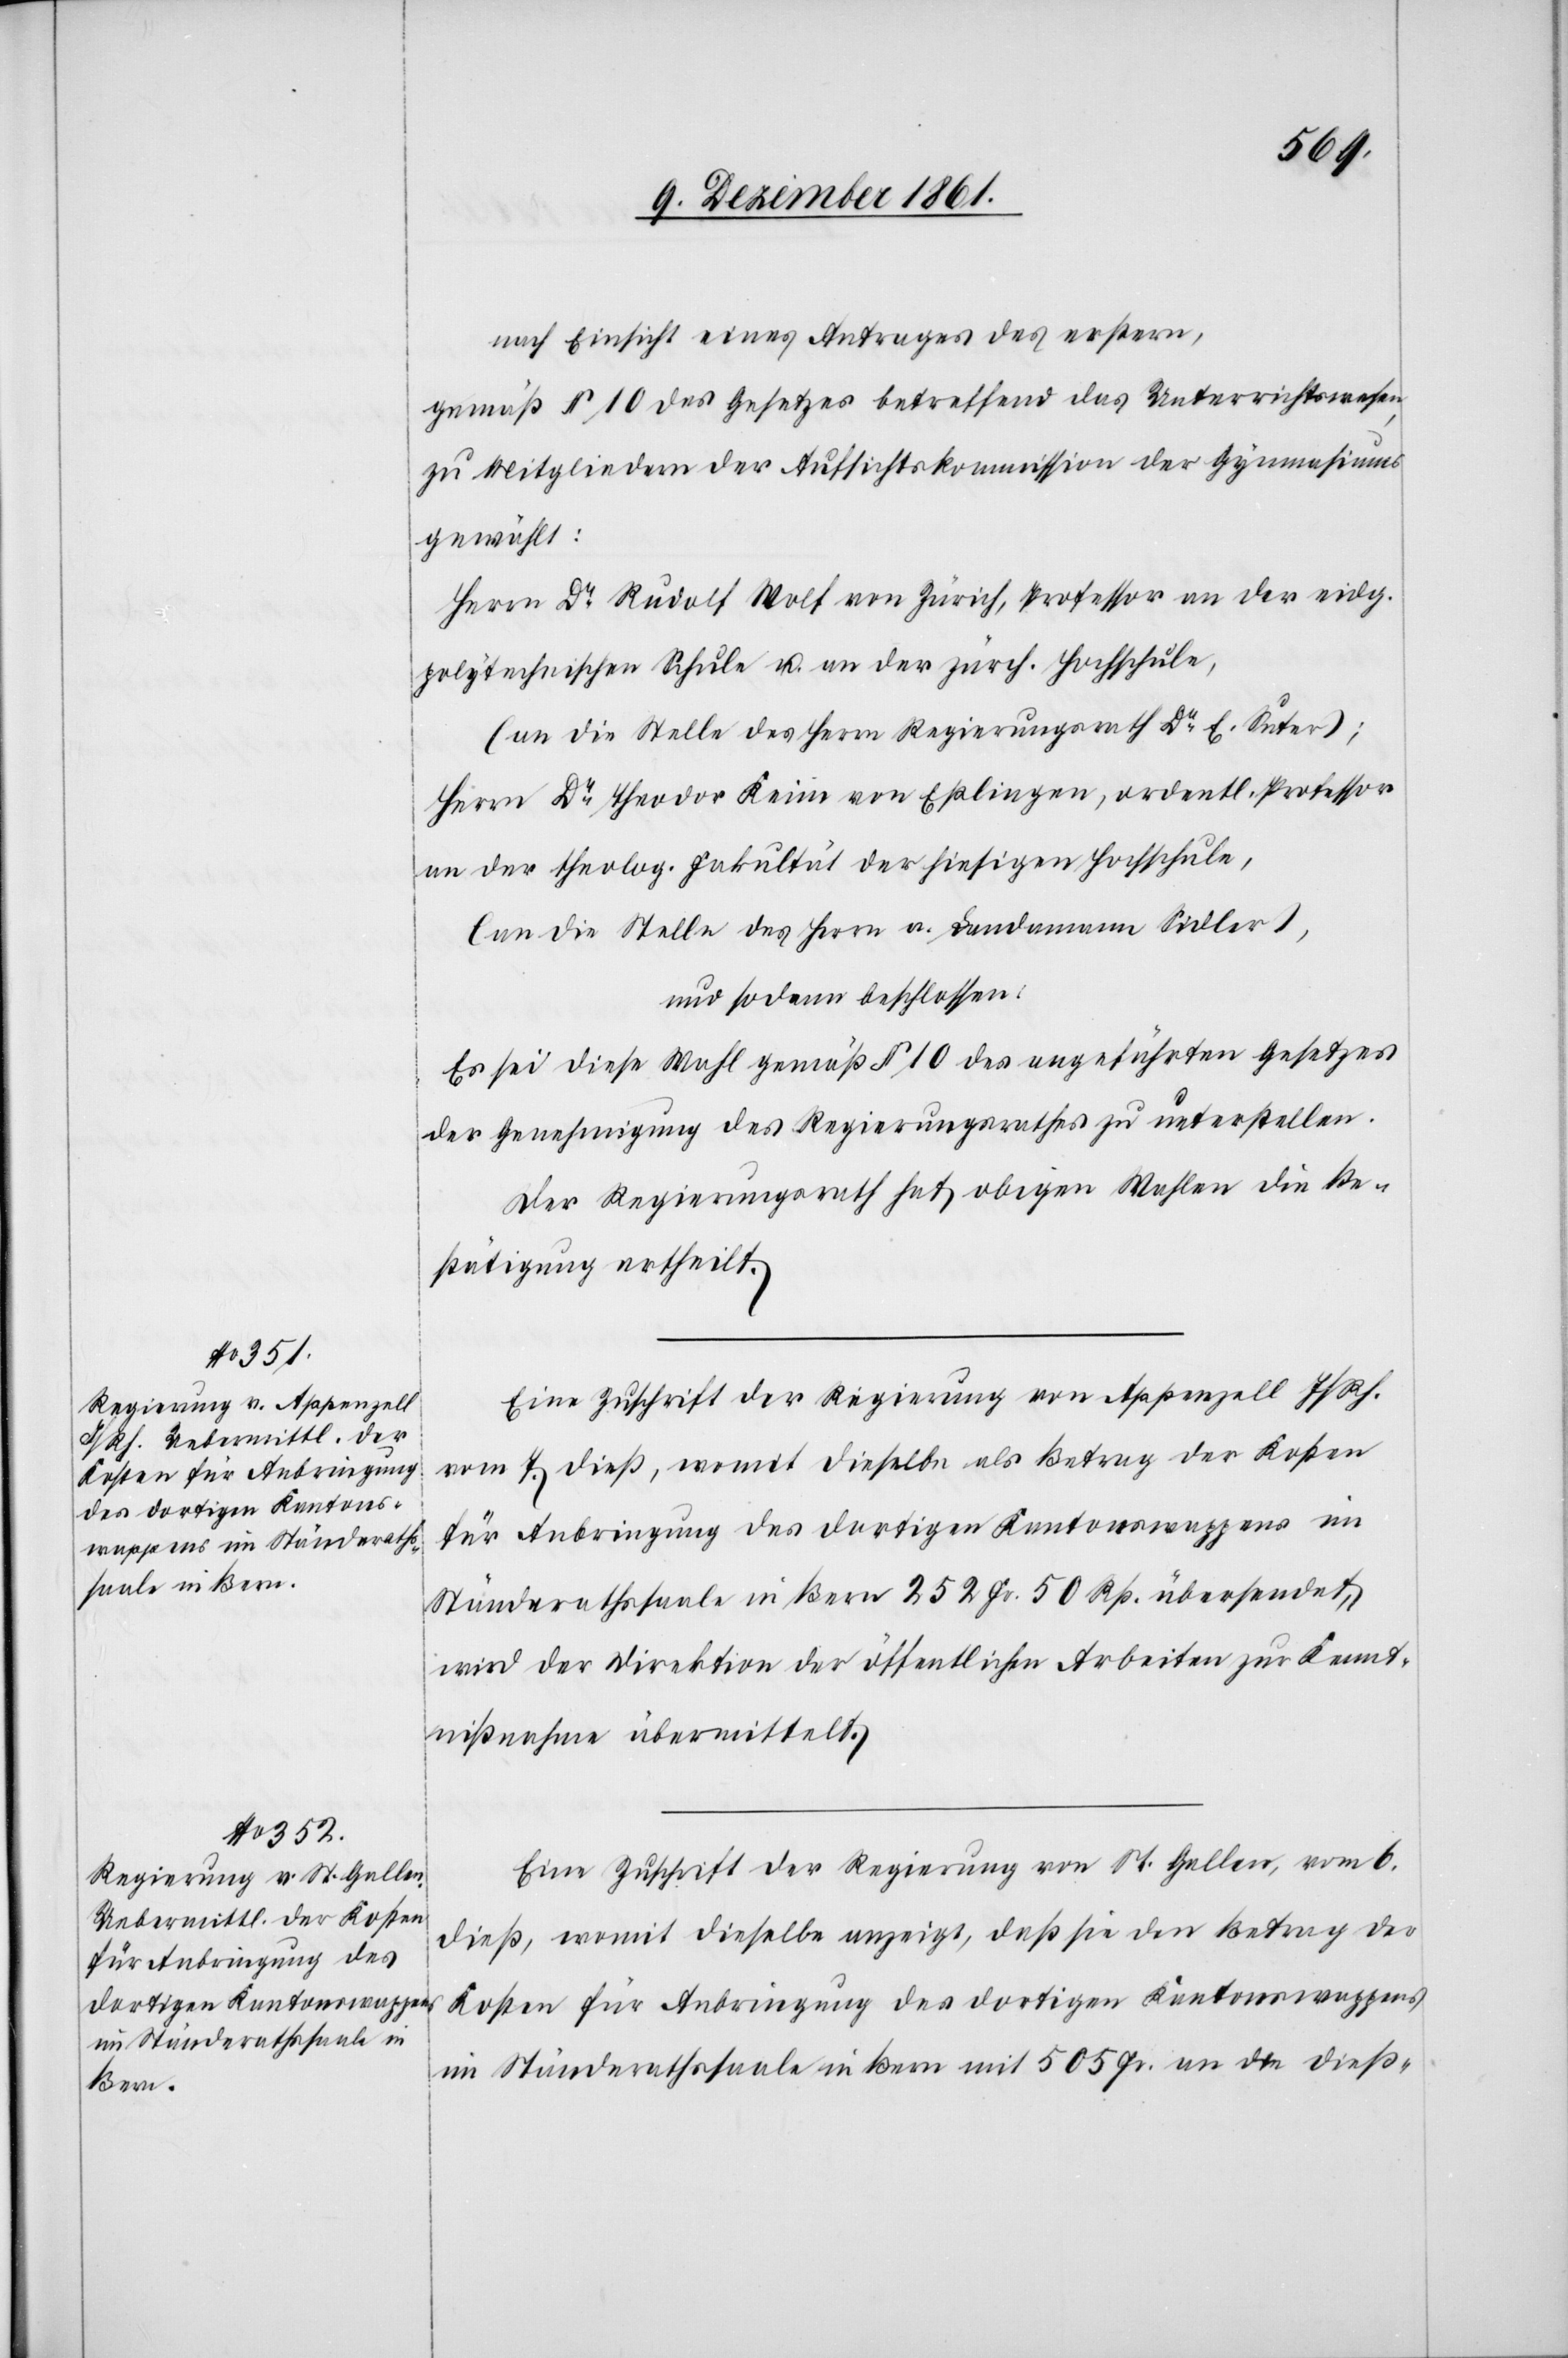
nach Einsicht eines Antrages des erstern,
gemäß § 10 des Gesetzes betreffend das Unterrichtswesen
zu Mitgliedern der Aufsichtskommission des Gymnasiums
gewählt:
Herrn Dr Rudolf Wolf von Zürich, Professor an der eidg.
polytechnischen Schule u. an der zürch. Hochschule,
(an die Stelle des Herrn Regierungsrath Dr E. Suter);
Herrn Dr Theodor Keim von Eßlingen, ordentl. Professor
an der theolog. Fakultät der hiesigen Hochschule,
(an die Stelle des Herrn a. Landammann Sidler),
und sodann beschlossen:
Es sei diese Wahl gemäß § 10 des angeführten Gesetzes
der Genehmigung des Regierungsrathes zu unterstellen.
Der Regierungsrath hat obigen Wahlen die Be¬
stätigung ertheilt.
Eine Zuschrift der Regierung von Appenzell I/Rh.
vom 7 dieß, womit dieselbe als Betrag der Kosten
für Anbringung des dortigen Kantonswappens im
Ständerathssaale in Bern 252 Fr. 50 Rp. übersendet,
wird der Direktion der öffentlichen Arbeiten zur Kennt¬
nißnahme übermittelt.
Eine Zuschrift der Regierung von St. Gallen, vom 6
dieß, womit dieselbe anzeigt, daß sie den Betrag der
Kosten für Anbringung des dortigen Kantonswappens
im Ständerathssaale in Bern mit 505 Fr. an die dieß-